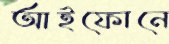
আইফোনে